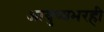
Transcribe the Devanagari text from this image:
आयुष्यभरही